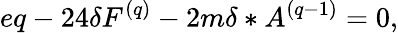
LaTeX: eq-24\delta F^{(q)}-2m\delta\ast A^{(q-1)}=0,